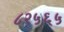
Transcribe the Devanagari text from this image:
८२५६५